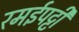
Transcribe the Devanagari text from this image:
रमईपट्टी